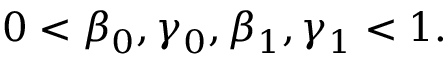
0 < \beta _ { 0 } , \gamma _ { 0 } , \beta _ { 1 } , \gamma _ { 1 } < 1 .